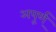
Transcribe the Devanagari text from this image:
अपूर्ण्‌